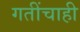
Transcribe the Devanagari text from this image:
गतींचाही